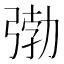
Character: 𭚺